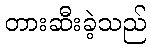
တားဆီးခဲ့သည်